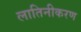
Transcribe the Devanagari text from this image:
लातिनीकरण